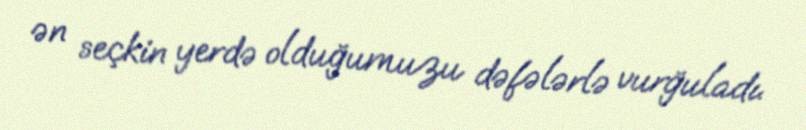
ən seçkin yerdə olduğumuzu dəfələrlə vurğuladı.